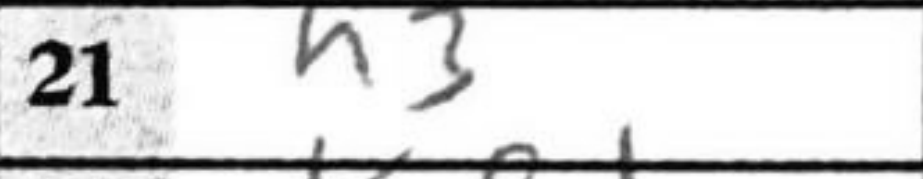
Transcription: h3